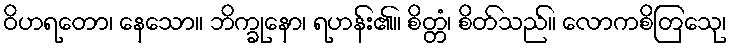
ဝိဟရတော၊ နေသော။ ဘိက္ခုနော၊ ရဟန်း၏။ စိတ္တံ၊ စိတ်သည်။ လောကစိတြေသု၊